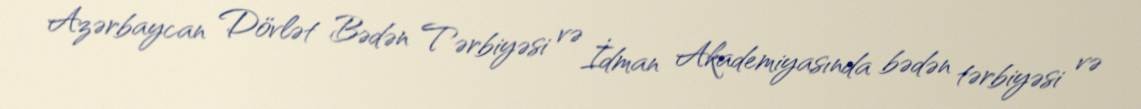
Azərbaycan Dövlət Bədən Tərbiyəsi və İdman Akademiyasında bədən tərbiyəsi və